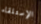
الإستلقاء